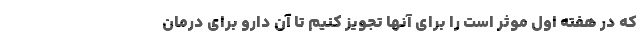
که در هفته اول موثر است را برای آنها تجویز کنیم تا آن دارو برای درمان